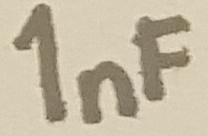
Text: 1nF